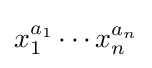
x_{1}^{a_{1}}\cdots x_{n}^{a_{n}}